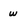
Character: w